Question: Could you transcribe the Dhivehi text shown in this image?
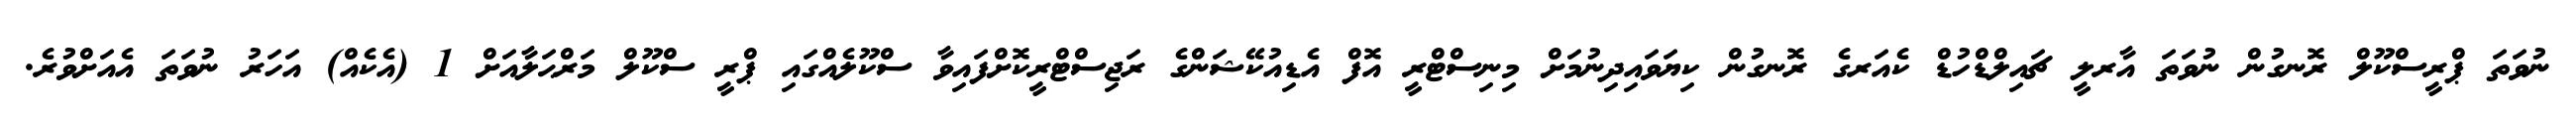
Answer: ނުވަތަ ޕްރީސްކޫލް ރޮނގުން ނުވަތަ އާރލީ ޗައިލްޑްހުޑް ކެއަރގެ ރޮނގުން ކިޔަވައިދިނުމަށް މިނިސްޓްރީ އޮފް އެޑިއުކޭޝަންގެ ރަޖިސްޓްރީކޮށްފައިވާ ސްކޫލެއްގައި ޕްރީ ސްކޫލް މަރްޙަލާއަށް 1 (އެކެއް) އަހަރު ނުވަތަ އެއަށްވުރެ.